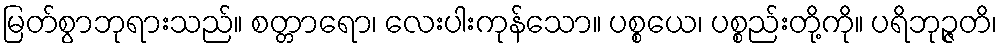
မြတ်စွာဘုရားသည်။ စတ္တာရော၊ လေးပါးကုန်သော။ ပစ္စယေ၊ ပစ္စည်းတို့ကို။ ပရိဘုဉ္ဇတိ၊